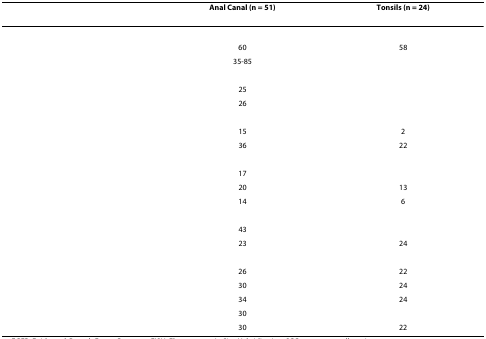
<table><thead><tr><td>[EMPTY_CELL]</td><td><b>Anal Canal (n = 51)</b></td><td><b>Tonsils (n = 24)</b></td></tr></thead><tbody><tr><td>[EMPTY_CELL]</td><td>[EMPTY_CELL]</td><td>[EMPTY_CELL]</td></tr><tr><td>[EMPTY_CELL]</td><td>60</td><td>58</td></tr><tr><td>[EMPTY_CELL]</td><td>35-85</td><td>[EMPTY_CELL]</td></tr><tr><td>[EMPTY_CELL]</td><td>[EMPTY_CELL]</td><td>[EMPTY_CELL]</td></tr><tr><td>[EMPTY_CELL]</td><td>25</td><td>[EMPTY_CELL]</td></tr><tr><td>[EMPTY_CELL]</td><td>26</td><td>[EMPTY_CELL]</td></tr><tr><td>[EMPTY_CELL]</td><td>[EMPTY_CELL]</td><td>[EMPTY_CELL]</td></tr><tr><td>[EMPTY_CELL]</td><td>15</td><td>2</td></tr><tr><td>[EMPTY_CELL]</td><td>36</td><td>22</td></tr><tr><td>[EMPTY_CELL]</td><td>[EMPTY_CELL]</td><td>[EMPTY_CELL]</td></tr><tr><td>[EMPTY_CELL]</td><td>17</td><td>[EMPTY_CELL]</td></tr><tr><td>[EMPTY_CELL]</td><td>20</td><td>13</td></tr><tr><td>[EMPTY_CELL]</td><td>14</td><td>6</td></tr><tr><td>[EMPTY_CELL]</td><td>[EMPTY_CELL]</td><td>[EMPTY_CELL]</td></tr><tr><td>[EMPTY_CELL]</td><td>43</td><td>[EMPTY_CELL]</td></tr><tr><td>[EMPTY_CELL]</td><td>23</td><td>24</td></tr><tr><td>[EMPTY_CELL]</td><td>[EMPTY_CELL]</td><td>[EMPTY_CELL]</td></tr><tr><td>[EMPTY_CELL]</td><td>26</td><td>22</td></tr><tr><td>[EMPTY_CELL]</td><td>30</td><td>24</td></tr><tr><td>[EMPTY_CELL]</td><td>34</td><td>24</td></tr><tr><td>[EMPTY_CELL]</td><td>30</td><td>[EMPTY_CELL]</td></tr><tr><td>[EMPTY_CELL]</td><td>30</td><td>22</td></tr></tbody></table>